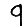
Digit: 9